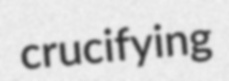
crucifying